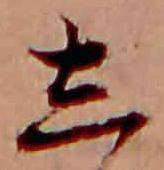
し